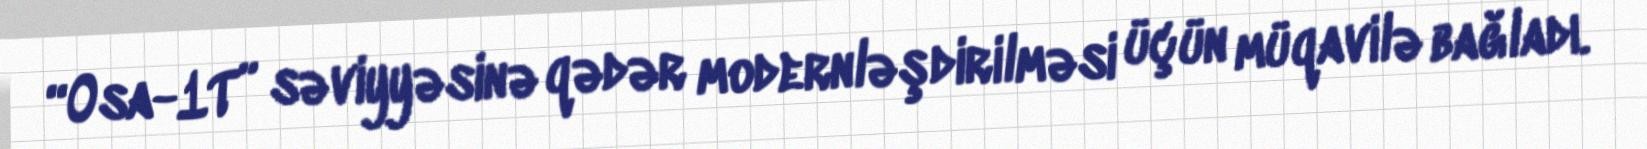
“Osa-1T” səviyyəsinə qədər modernləşdirilməsi üçün müqavilə bağladı.